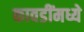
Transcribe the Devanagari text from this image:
कावडींमध्ये